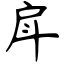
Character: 戽